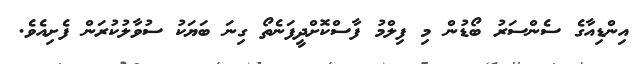
އިންޑިއާގެ ސެންސަރު ބޯޑުން މި ފިލްމު ފާސްކޮށްދީފަނެތޯ ގިނަ ބަޔަކު ސުވާލުކުރަން ފެށިއެވެ.